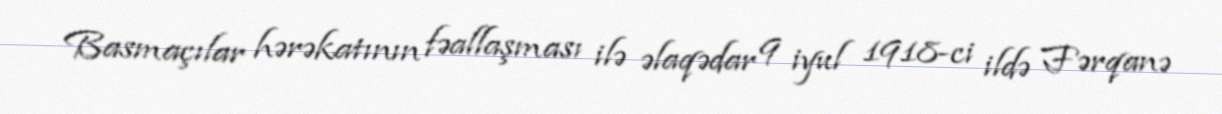
Basmaçılar hərəkatının fəallaşması ilə əlaqədar 9 iyul 1918-ci ildə Fərqanə